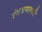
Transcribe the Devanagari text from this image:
ग्रंथजगताची